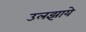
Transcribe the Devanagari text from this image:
उलझाये